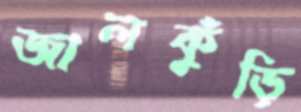
জালকুঁড়ি